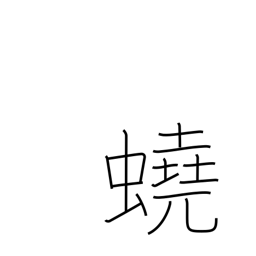
Meaning: intestinal worm